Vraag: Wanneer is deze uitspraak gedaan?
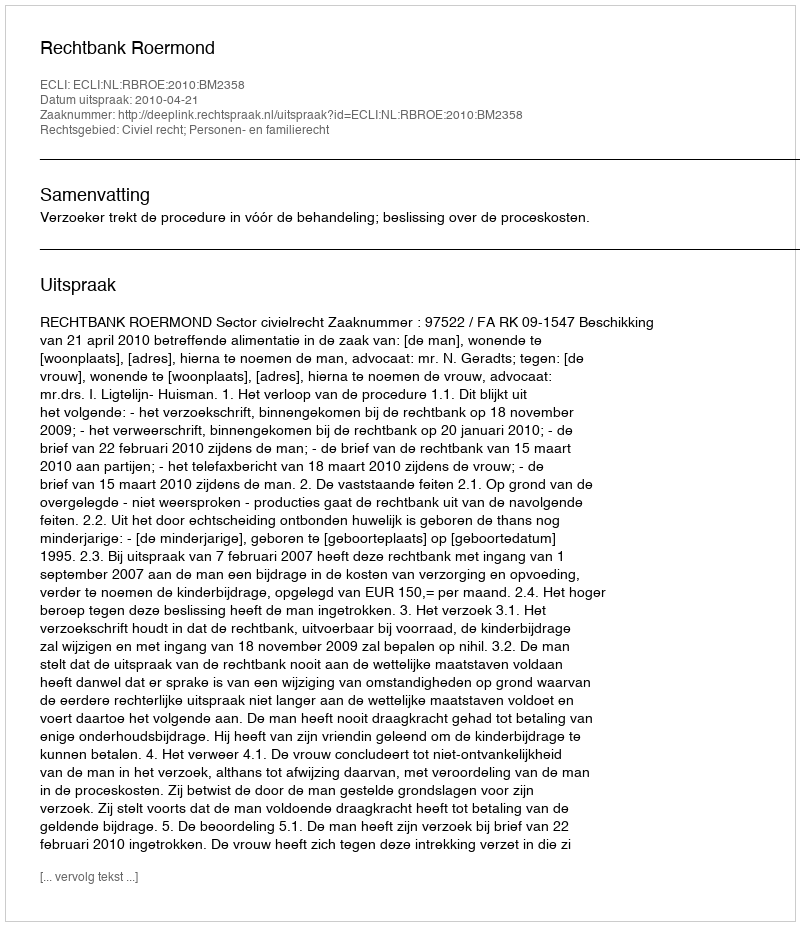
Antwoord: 2010-04-21